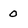
Character: 0